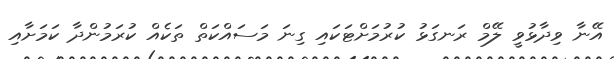
އޭނާ ވިދާޅުވީ ލޭމް ރަނގަޅު ކުރުމަށްޓަކައި ގިނަ މަސައްކަތް ތަކެއް ކުރަމުންދާ ކަމަށާއި